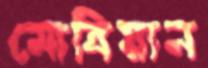
মোবিয়ান